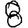
Digit: 8